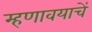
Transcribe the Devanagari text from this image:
म्हणावयाचें